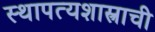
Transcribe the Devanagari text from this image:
स्थापत्यशास्त्राची